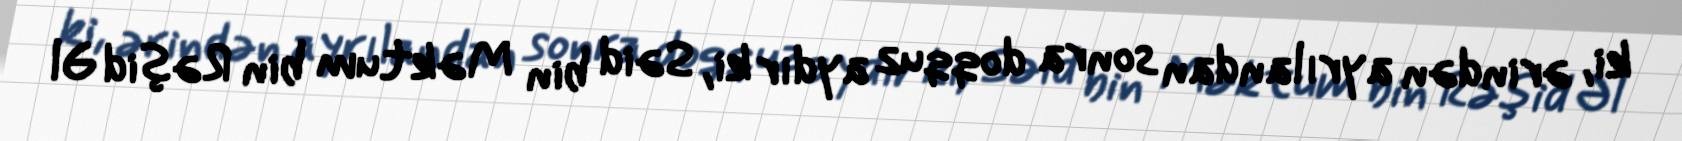
ki, ərindən ayrılandan sonra doqquz aydır ki, Səid bin Məktum bin Rəşid Əl